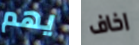
يهم اخاف